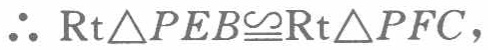
\(\therefore \text{Rt}\triangle PEB\cong\text{Rt}\triangle PFC\)